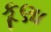
કૂણા